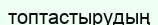
топтастырудың